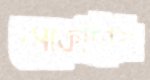
সেকেছিলি